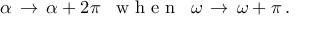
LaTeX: \alpha \, \rightarrow \, \alpha + 2 \pi \, \, \, \textrm { w h e n } \, \, \, \omega \, \rightarrow \, \omega + \pi \, .